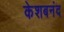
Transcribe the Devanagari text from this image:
केशबनंद